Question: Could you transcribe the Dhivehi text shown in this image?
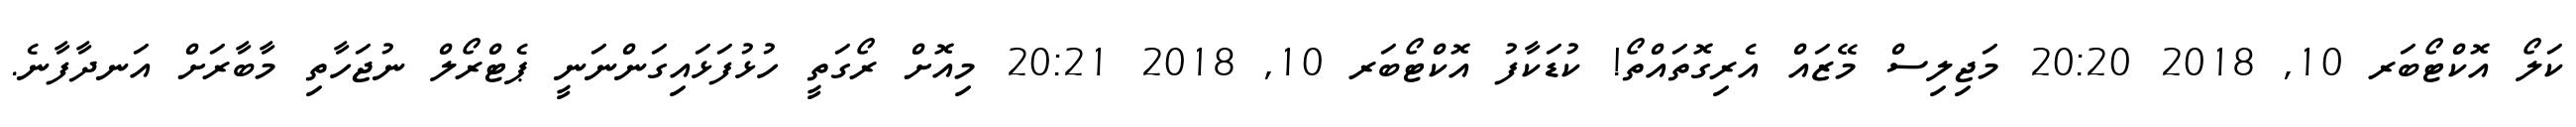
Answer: ކަލޯ އޮކްޓޯބަރ 10, 2018 20:20 މަޖިލިސް މޭޒައް އެރިގޮތައްތޯ! ކުޑަކާފު އޮކްޓޯބަރ 10, 2018 20:21 މިއޮށް ރޯގަތީ ހުޅުފަޅައިގަންނަނީ ޕެޓްރޯލް ނުޖަހާތި މާބާރަށް އަނދާފާނެ.